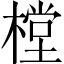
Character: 樘